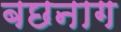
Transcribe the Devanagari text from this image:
बछनाग